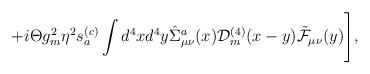
LaTeX: \begin{align*}+i\Theta g_m^2\eta^2s_a^{(c)}\int d^4x d^4y\hat\Sigma_{\mu\nu}^a(x){\cal D}_m^{(4)}(x-y)\tilde{\cal F}_{\mu\nu}(y)\Biggr],\end{align*}